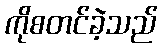
ကိုစတင်ခဲ့သည်